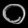
Digit: ၀